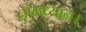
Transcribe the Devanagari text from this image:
नामध्यान।